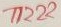
Text: T1222